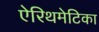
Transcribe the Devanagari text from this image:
ऐरिथमेटिका